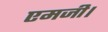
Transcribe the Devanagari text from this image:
एमजी।